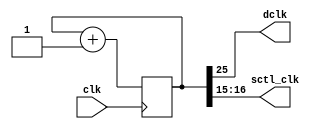
`timescale 1ns / 1ps
module Clock_Divider #(parameter n = 26) (clk, dclk, sctl_clk);
input clk;
output dclk;
output [1:0] sctl_clk;
reg [n-1:0] num;
wire [n-1:0] next_num;
always @(posedge clk) begin
        num <= next_num;
end
assign next_num = num + 1'b1;
assign dclk = num[n-1];
assign sctl_clk = {num[16:15]};

endmodule